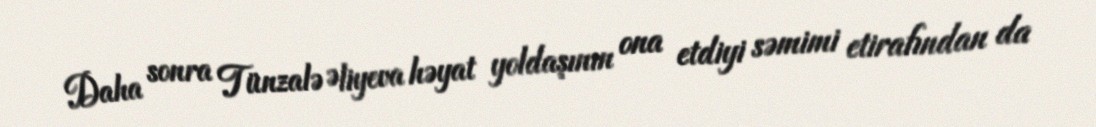
Daha sonra Tünzalə Əliyeva həyat yoldaşının ona etdiyi səmimi etirafından da